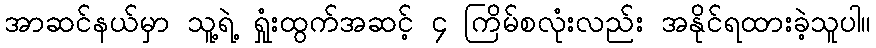
အာဆင်နယ်မှာ သူ့ရဲ့ ရှုံးထွက်အဆင့် ၄ ကြိမ်စလုံးလည်း အနိုင်ရထားခဲ့သူပါ။